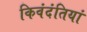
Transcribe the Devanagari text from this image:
किवंदंतियां